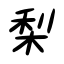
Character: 梨